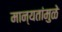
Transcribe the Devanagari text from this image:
मान्यतांमुळे